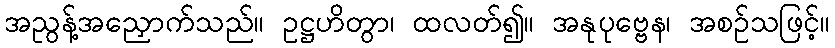
အညွန့်အညှောက်သည်။ ဥဋ္ဌဟိတွာ၊ ထလတ်၍။ အနုပုဗ္ဗေန၊ အစဉ်သဖြင့်။